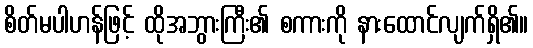
စိတ်မပါဟန်ဖြင့် ထိုအဘွားကြီး၏ စကားကို နားထောင်လျက်ရှိ၏။